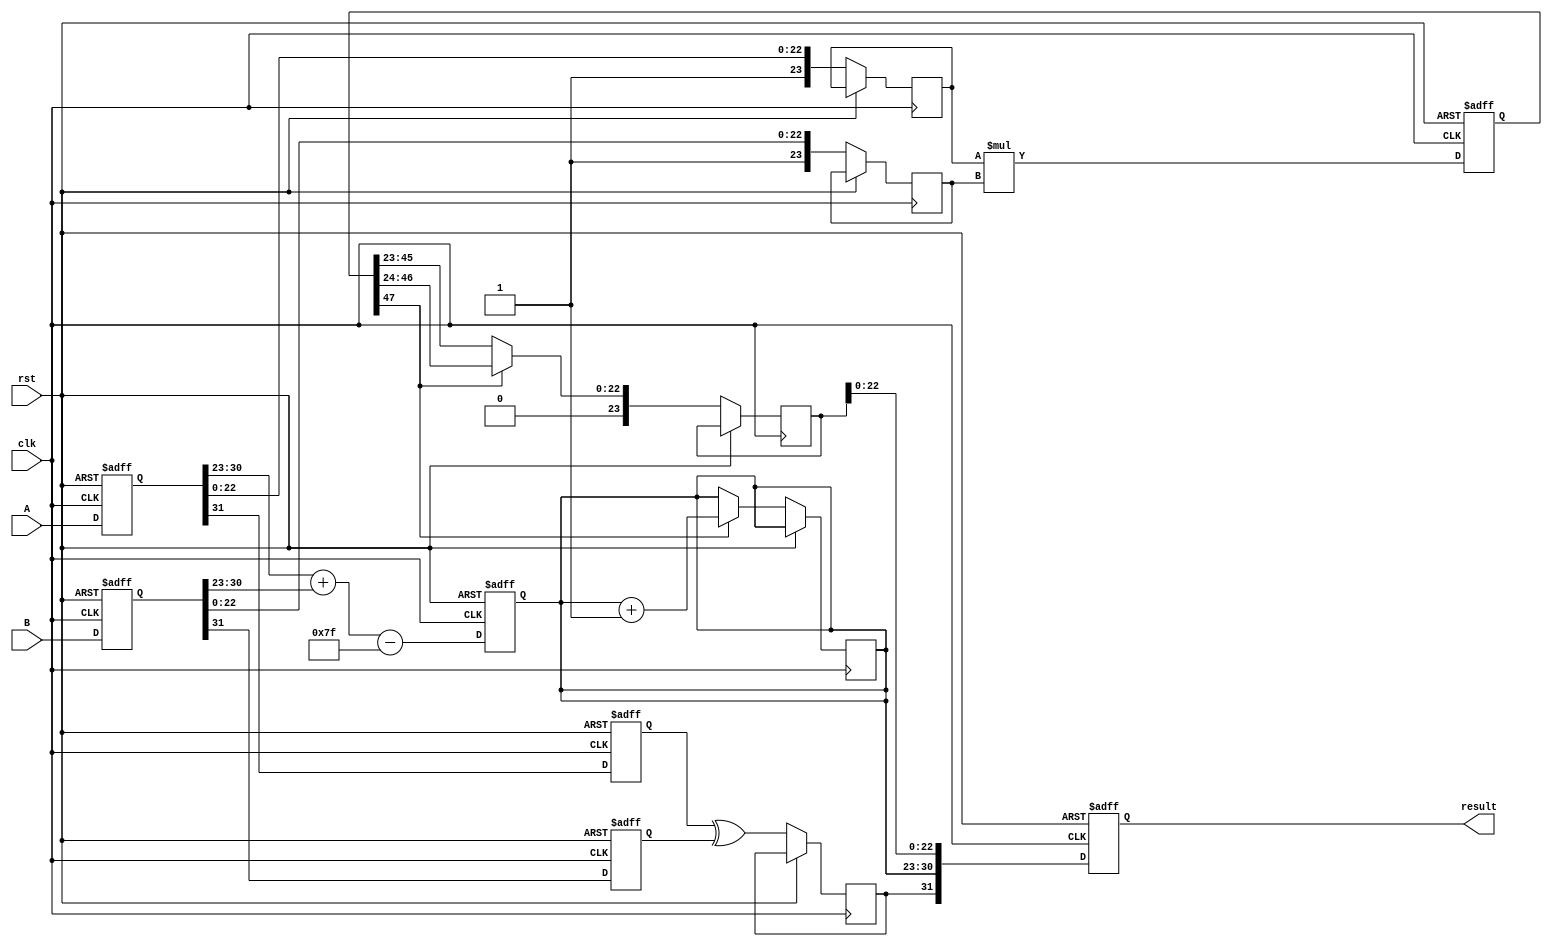
module pipelined_fp_multiplier (
    input clk,
    input rst,
    input [31:0] A, // Input A (IEEE 754 format)
    input [31:0] B, // Input B (IEEE 754 format)
    output reg [31:0] result // Output result (IEEE 754 format)
);

    // Pipeline registers
    reg [31:0] A_reg, B_reg; // Stage 1
    reg sign_A, sign_B, sign_result; // Stage 2
    reg [7:0] exp_A, exp_B, exp_result; // Stage 4
    reg [23:0] mantissa_A, mantissa_B, mantissa_result; // Mantissa (with implicit 1)
    reg [47:0] mantissa_mult; // For mantissa multiplication (24 x 24)
    reg [7:0] exp_bias = 8'd127; // Bias for single precision

    // Stage 1: Input Register
    always @(posedge clk or posedge rst) begin
        if (rst) begin
            A_reg <= 32'b0;
            B_reg <= 32'b0;
        end else begin
            A_reg <= A;
            B_reg <= B;
        end
    end

    // Stage 2: Decomposition
    always @(posedge clk or posedge rst) begin
        if (rst) begin
            sign_A <= 1'b0;
            sign_B <= 1'b0;
        end else begin
            sign_A <= A_reg[31];
            sign_B <= B_reg[31];
            mantissa_A <= {1'b1, A_reg[22:0]}; // Implicit leading 1
            mantissa_B <= {1'b1, B_reg[22:0]}; // Implicit leading 1
        end
    end

    // Stage 3: Mantissa Multiplication
    always @(posedge clk or posedge rst) begin
        if (rst) begin
            mantissa_mult <= 48'b0;
        end else begin
            mantissa_mult <= mantissa_A * mantissa_B; // 24 x 24 -> 48
        end
    end

    // Stage 4: Exponent Calculation
    always @(posedge clk or posedge rst) begin
        if (rst) begin
            exp_result <= 8'b0;
        end else begin
            exp_result <= (A_reg[30:23] + B_reg[30:23] - exp_bias); // Adjusting for bias
            sign_result <= sign_A ^ sign_B; // Result sign
        end
    end

    // Stage 5: Normalization
    always @(posedge clk or posedge rst) begin
        if (rst) begin
            result <= 32'b0;
        end else begin
            // Normalization checking
            if (mantissa_mult[47] == 1) begin
                // No shift needed
                mantissa_result <= mantissa_mult[46:24]; // Take upper part after normalization
                exp_result <= exp_result + 1; // Adjust exponent
            end else begin
                // Shift right until the first '1' is found
                // (simple case, won't handle all corner cases)
                mantissa_result <= mantissa_mult[45:23]; // This should be a more complex logic in practice
            end

            // Constructing final result
            result <= {sign_result, exp_result, mantissa_result[22:0]};
        end
    end

endmodule